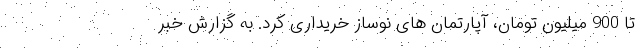
تا 900 میلیون تومان، آپارتمان های نوساز خریداری کرد. به گزارش خبر